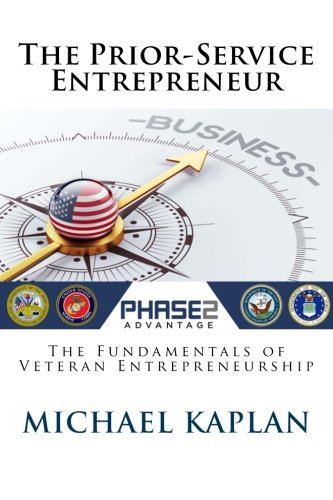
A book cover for The Prior-Service Entrepreneur: The Fundamentals of Veteran Entrepreneurship (Experiential Leadership) (Volume 1); Michael I Kaplan; Business & Money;